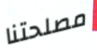
مصلحتنا